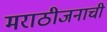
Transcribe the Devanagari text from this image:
मराठीजनाची